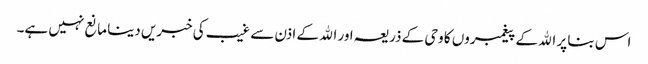
اس بنا پر الله کے پیغمبروں کا وحی کے ذریعہ اور الله کے اذن سے غیب کی خبریں دینا مانع نہیں ہے۔